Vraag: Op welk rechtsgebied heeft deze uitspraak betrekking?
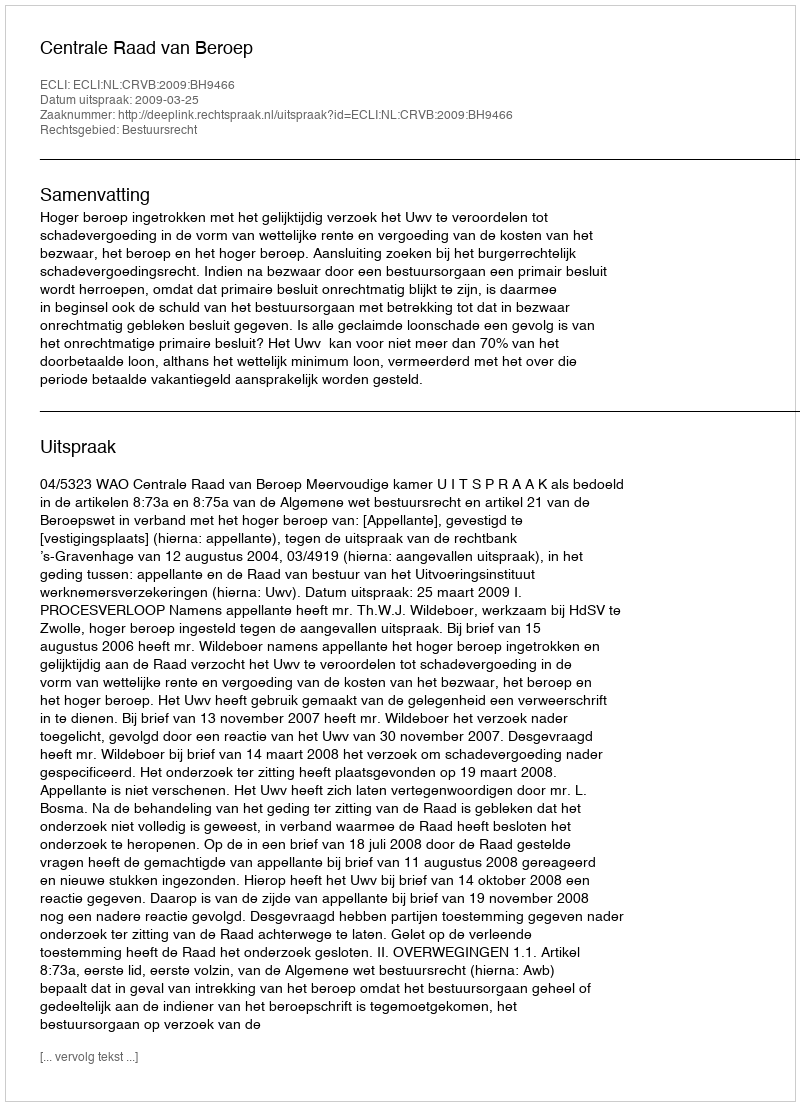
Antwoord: Bestuursrecht